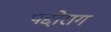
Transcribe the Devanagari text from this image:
पद्दोराग